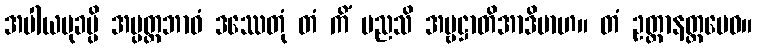
အပါယမုခမ္ပိ အပ္ပတ္တဘာဝံ ဒဿေတုံ တံ ကိံ မညသိ အမ္ဗဋ္ဌာတိအာဒိမာဟ။ တံ ဥတ္တာနတ္ထမေဝ။